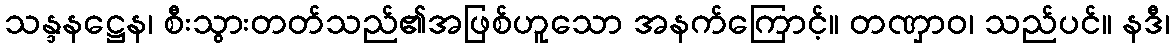
သန္ဒနဋ္ဌေန၊ စီးသွားတတ်သည်၏အဖြစ်ဟူသော အနက်ကြောင့်။ တဏှာဝ၊ သည်ပင်။ နဒီ၊